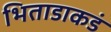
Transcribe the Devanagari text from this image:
भिताडाकडं